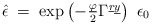
\begin{align*} \hat{\epsilon} \;=\; \exp\left( -\textstyle{\frac{\varphi}{2}} \Gamma^{\underline{r}\underline{y}} \right)\ \epsilon_{0}\end{align*}